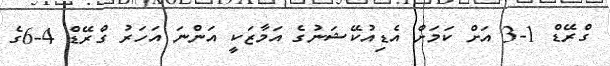
ގްރޭޑް 1-3 އަށް ކަމަށް އެޑިއުކޭޝަނުގެ އަމާޒަކީ އަންނަ އަހަރު ގްރޭޑް 4-6ގެ